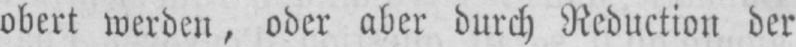
obert werden, oder aber durch Reduction der